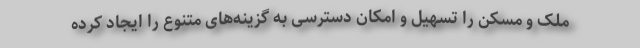
ملک و مسکن را تسهیل و امکان دسترسی به گزینه‌های متنوع را ایجاد کرده